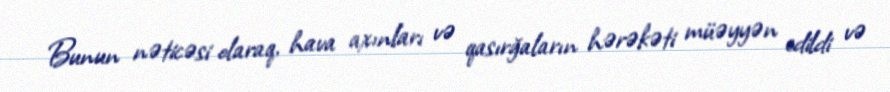
Bunun nəticəsi olaraq, hava axınları və qasırğaların hərəkəti müəyyən edildi və